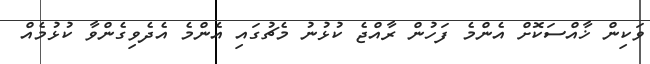
ވަކިން ޚާއްސަކޮށް އެންމެ ފަހުން ރާއްޖެ ކުޅުނު މެޗުގައި އެންމެ އެދެވިގެންވާ ކުޅުމެއް